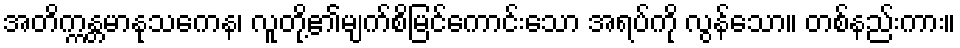
အတိက္ကန္တမာနုသကေန၊ လူတို့၏မျက်စိမြင်ကောင်းသော အရပ်ကို လွန်သော။ တစ်နည်းကား။